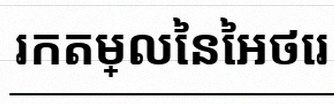
រកតម្លៃនៃអថេរ